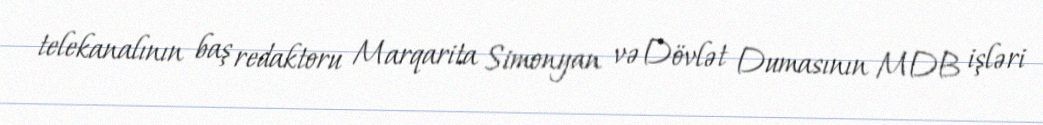
telekanalının baş redaktoru Marqarita Simonyan və Dövlət Dumasının MDB işləri